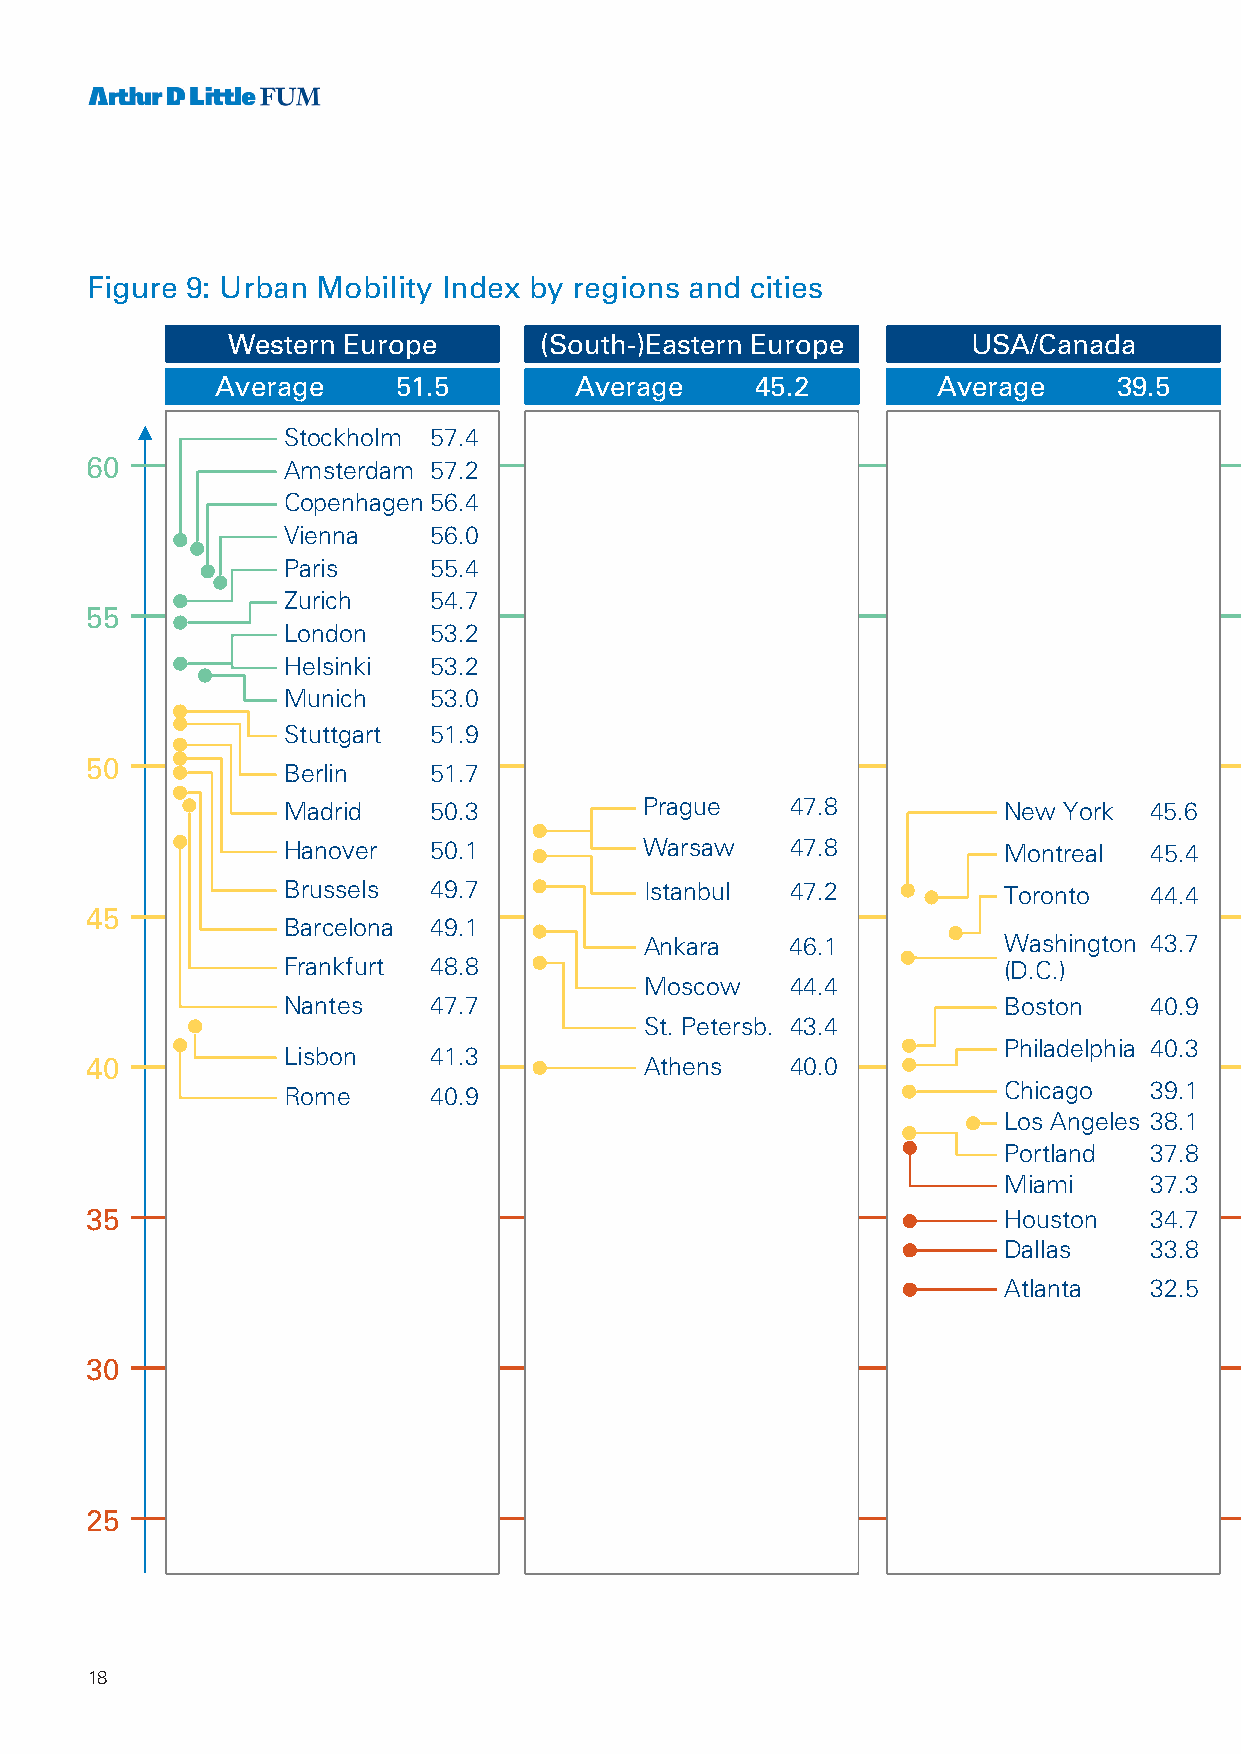
Figure 9: Urban Mobility Index by regions and cities
 Western Europe       (South-)Eastern Europe      USA/Canada             Latin America            Asia Pacific         Middle East/Africa
 Average     51.5        Average     45.2        Average     39.5        Average     43.9       Average     42.8        Average     36.0
 Stockholm 57.4                                                                                Hong Kong 58.2
 60           Amsterdam 57.2
 Singapore 55.6
 Copenhagen 56.4
 Vienna   56.0
 Wuhan     51.1
 Paris    55.4
 Zurich   54.7                                                                                 Seoul     49.3
 55
 London   53.2                                                                                 Tokyo     49.2
 Helsinki 53.2                                                                                 Shanghai  49.1
 Munich   53.0                                                                                 Shenzhen  47.7
 Stuttgart 51.9                                                        Santiago de Chile       Beijing   47.2
 50                                                                                           47.1
 Berlin   51.7                                                                                 Guangzhou 47.2
 Bogota    46.3
 Madrid   50.3           Prague   47.8          New York  45.6                                 Kolkata   47.0
 Sao Paulo 45.7
 Hanover  50.1           Warsaw   47.8          Montreal  45.4                                 Mumbai    43.9
 Brussels 49.7           Istanbul 47.2          Toronto   44.4                                 Manila    43.6
 Curitiba  44.0
 45                                                                                                         Sydney    43.1
 Barcelona 49.1                                                        Rio de Janeiro
 Ankara   46.1          Washington 43.7
 44.0          Tianjin   42.6
 Frankfurt 48.8                                 (D.C.)
 Moscow   44.4
 Melbourne 41.9
 Nantes   47.7                                  Boston    40.9         Lima      43.5
 St. Petersb. 43.4                             Buenos Aires42.4        Chennai   40.7
 40           Lisbon   41.3           Athens   40.0          Philadelphia 40.3      Mexico City 42.2        Hyderabad 40.7          Dubai     40.6
 Kinshasa  39.4
 Rome     40.9                                  Chicago   39.1         Caracas   40.1          Ho Chi Minh 39.8
 Cairo     37.4
 Los Angeles 38.1                               Karachi   39.5
 Lagos     37.1
 Portland  37.8                                 Dhaka     39.2
 Miami     37.3                                 Bangalore 38.9
 Addis Ababa 36.5
 35                                                          Houston   34.7                                 Osaka     38.5
 Dallas    33.8
 Johannesburg
 Atlanta   32.5                                                                   35.0
 Tehran    33.0
 Jakarta   37.4
 30
 Bangkok   35.0
 Kuala                   Baghdad   28.6
 Lumpur    34.6
 Delhi     33.5
 25                                                                                                         Lahore    33.1
 Hanoi     30.9
 18